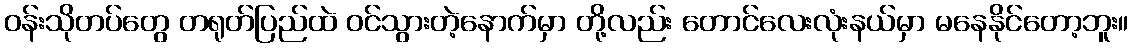
ဝန်းသိုတပ်တွေ တရုတ်ပြည်ထဲ ဝင်သွားတဲ့နောက်မှာ တို့လည်း တောင်လေးလုံးနယ်မှာ မနေနိုင်တော့ဘူး။